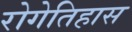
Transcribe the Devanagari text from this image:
रोगेतिहास